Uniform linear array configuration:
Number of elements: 8
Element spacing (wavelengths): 1
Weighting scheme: blackman
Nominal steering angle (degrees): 30
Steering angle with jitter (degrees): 31.539
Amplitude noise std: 0.05
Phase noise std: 0.05

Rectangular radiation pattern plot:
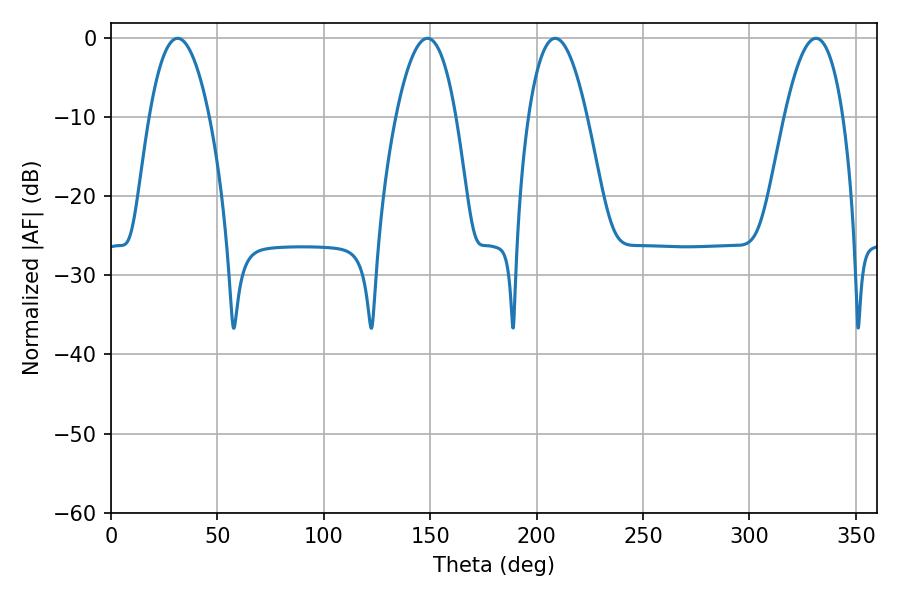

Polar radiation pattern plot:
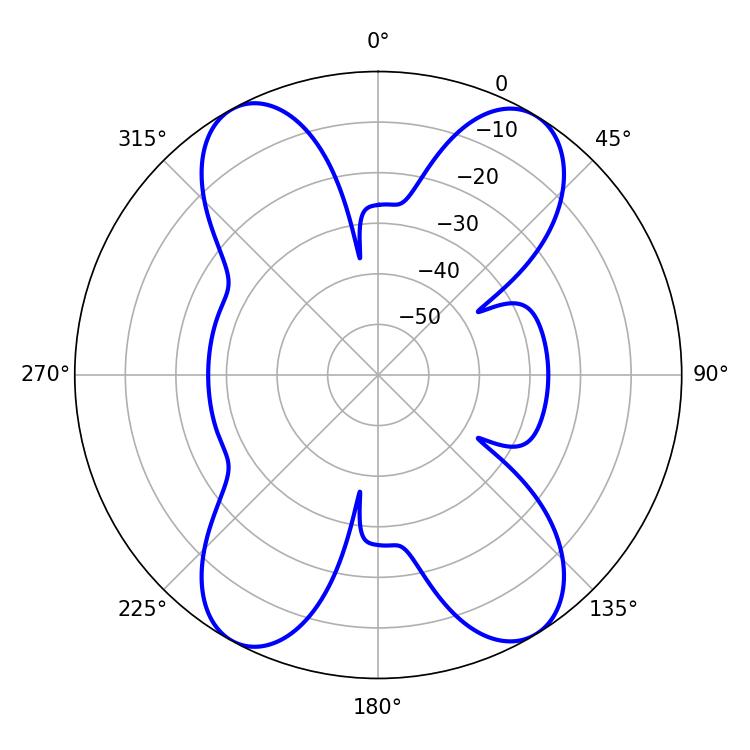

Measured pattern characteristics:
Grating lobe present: TRUE
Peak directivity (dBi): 19.083
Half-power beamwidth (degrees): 15.66
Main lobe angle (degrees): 31.32